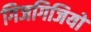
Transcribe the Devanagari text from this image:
गिजगिजियों